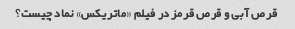
قرص آبی و قرص قرمز در فیلم «ماتریکس» نماد چیست؟